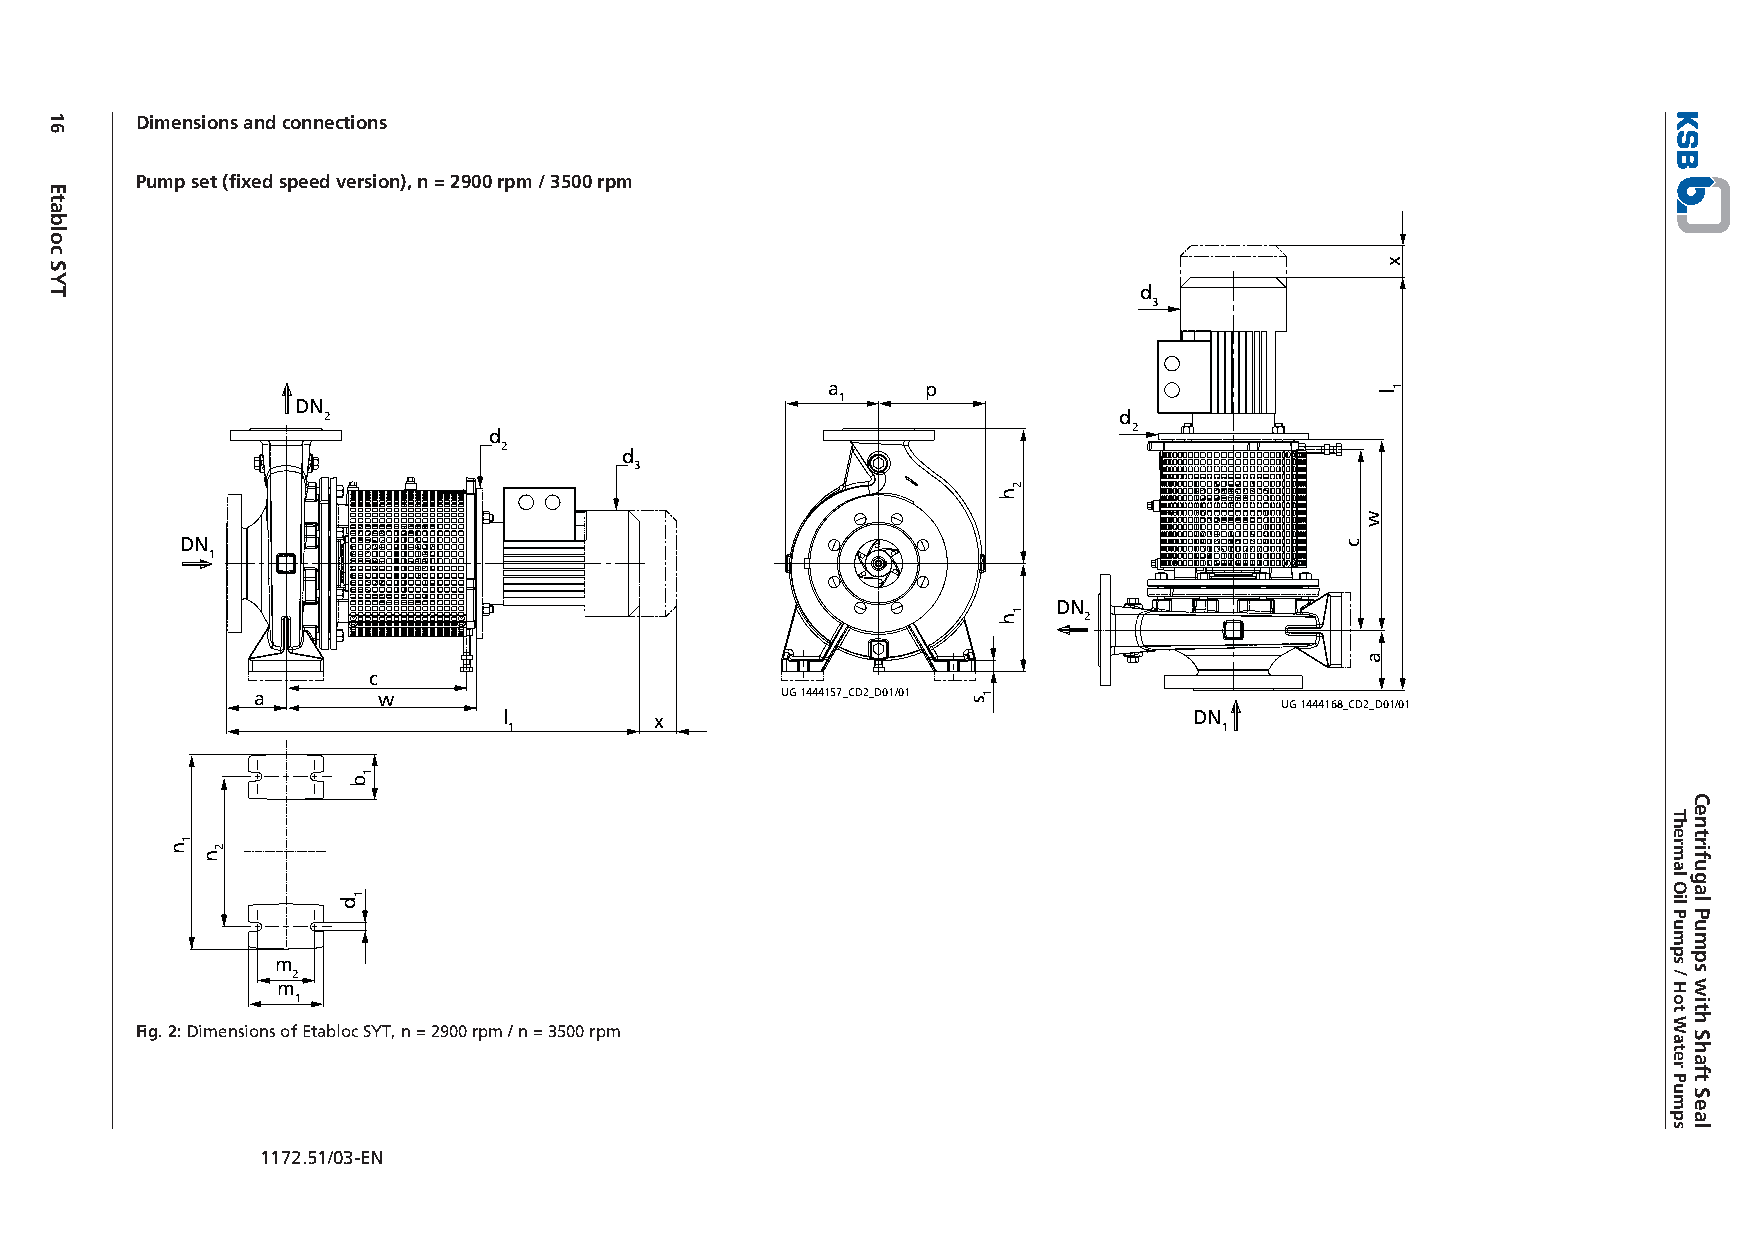
Dimensions and connections
 Pump set (fixed speed version), n = 2900 rpm / 3500 rpm
 d
 3
 a     p
 DN                                  1
 2                                                    d
 d                                          2
 2
 d
 3
 DN
 1
 DN
 2
 c
 a       w                          UG 1444157_CD2_D01/01            UG 1444168_CD2_D01/01
 l         x                                   DN
 1                                              1
 m
 2
 m
 1
 Fig. 2: Dimensions of Etabloc SYT, n = 2900 rpm / n = 3500 rpm
 1172.51/03-EN
 16
 Etabloc
 SYT
 n
 1
 n
 2
 d
 b
 1
 1
 s 1
 h
 h
 2
 1
 c
 w
 a
 x
 l
 1
 Thermal
 Oil
 Pumps
 /
 Hot
 Water
 Pumps
 Centrifugal
 Pumps
 with
 Shaft
 Seal